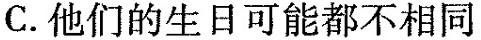
C.他们的生日可能都不相同